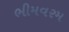
ભીમવરમ